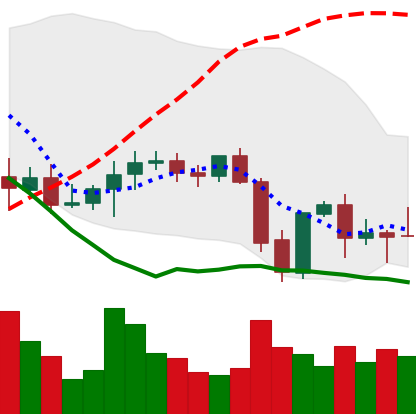
Ticker: XMR-USD
Chart end date: 2021-09-27
Forward return: 7.882%
Label: up_7plus